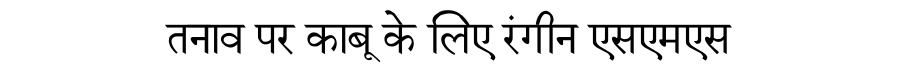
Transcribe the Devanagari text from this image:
तनाव पर काबू के लिए रंगीन एसएमएस